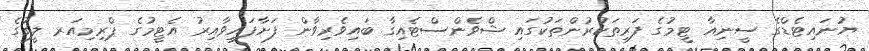
ޔުނައިޓެޑްގެ ސީނިއާ ޓީމުގެ ފަރިތަކުރުންތަކުގައި ޝްވެންސްޓެއިގާ ބައިވެރިވާން ފަށާފައިވާއިރު އެޓީމުގެ ޕްރިމިއަރ ލީގުގެ